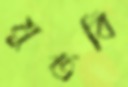
মুতবি